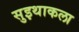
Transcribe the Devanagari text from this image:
सुइथाकला